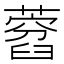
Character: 𦽜